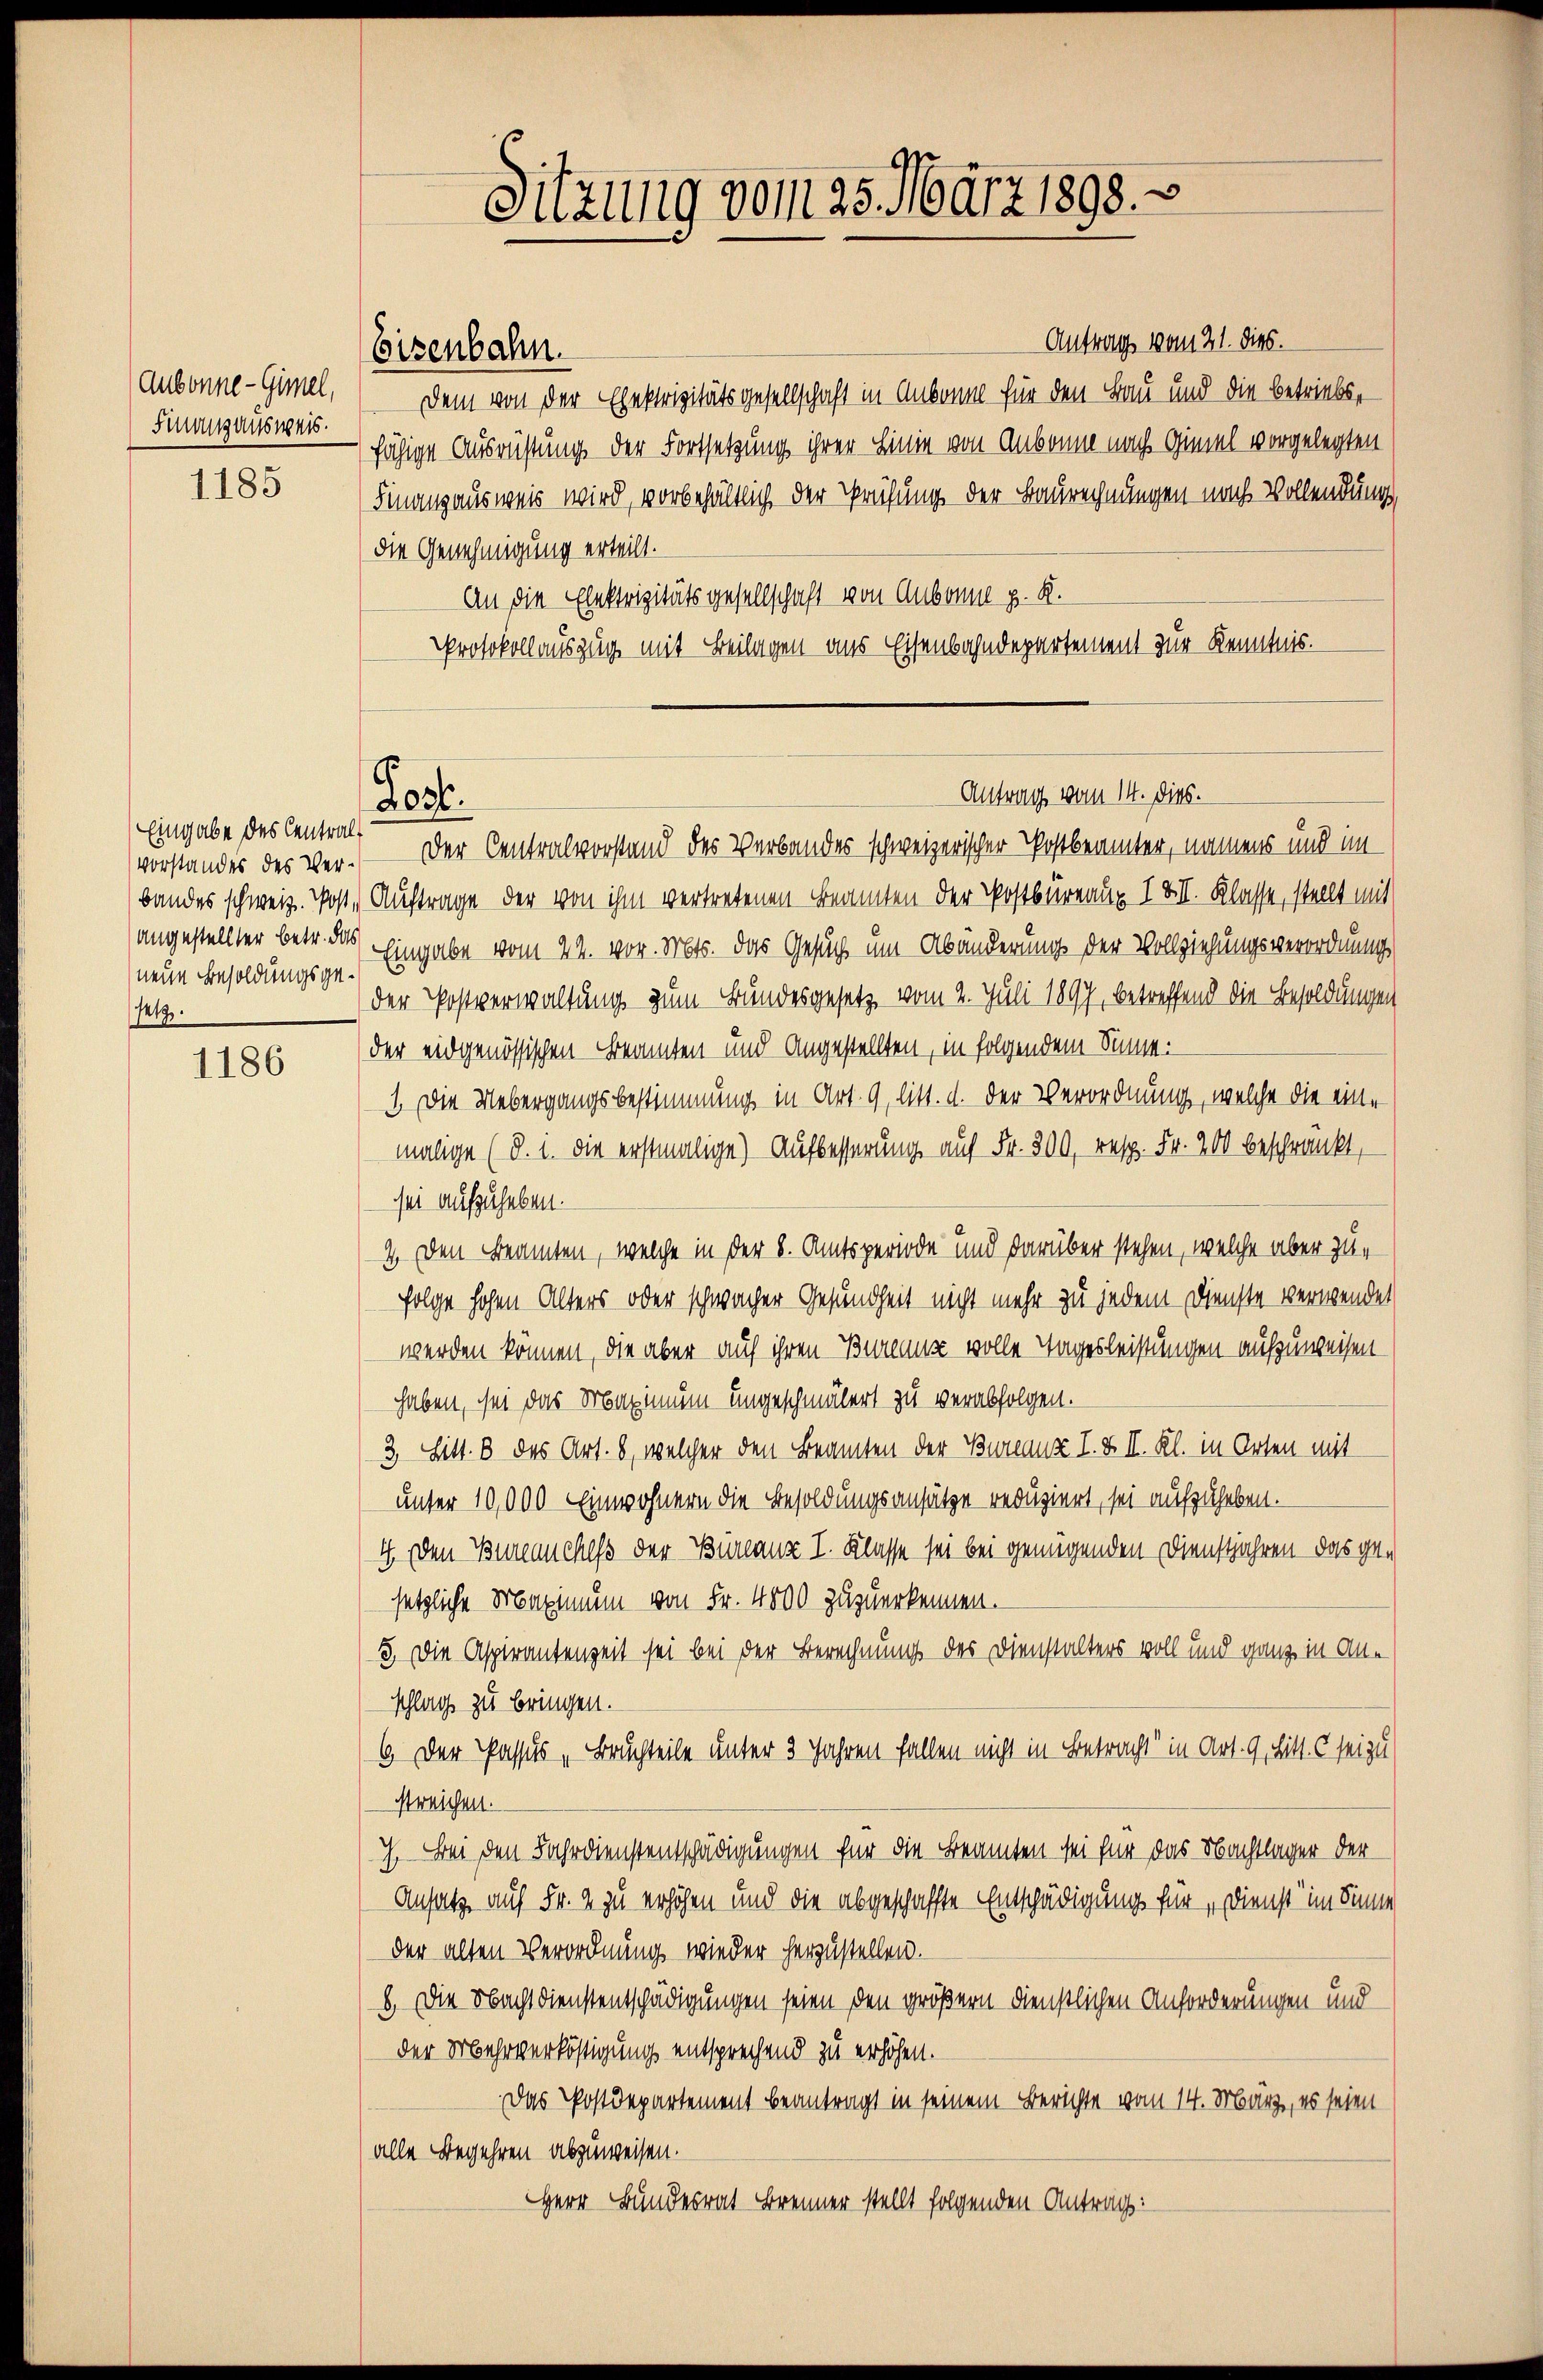
Aubonne-Gimel,
Finanzausweis.
1185

Eingabe des Central-
neue Besoldungsgesetz

1186

Eisenbahn.

c

Antrag vom 21. dies.
Dem von der Ehektrizitätsgesellschaft in Ankon für den Bau und die betriebsfähige Ausrüstung der Fortsetzung ihrer Linie von Aubonne nach Gimel vorgelegten
Finanzausweis wird, vorbehältlich der Prüfung der Baurechnungen nach Vollendung,
die Genehmigung erteilt.
An die Elektrizitätsgesellschaft von Aubonne z. B.
Protokollauszug mit Beilagen aus Eisenbahndepartement zur Kenntnis.

2036.

Sitzung vom 25. März 1898. v

Antrag vom 14. dies.

vorstandes des Ver- Der Centralvorstand des Verbandes schweizerischer Postbeamter, namens und im
bandes schweiz. Post Auftrage der von ihm vertretenen Beamten der Postbüreaux IXII. Klasse, stellt mit
angestellter betr. das Eingabe vom 22. vor. Mts. das Gesuch um Abänderung der Vollziehungsverordnungs
der Postverwaltung zum Bundesgesetz vom 2. Juli 1897, betreffend die Besoldungen
der eidgenössischen Beamten und Angestellten, in folgendem Sinne:
1. Die Uebergangsbestimmung in Art. 9, litt. d. der Verordnung, welche die einmalige (d. i. die erstmalige) Aufbesserung auf Fr. 300, resp. Fr. 200 beschränkt,
sei aufzuheben.
4 Den Beamten, welche in der 8. Amtsperiode und darüber stehen, welche aber zufolge hohen Alters oder schwacher Gesundheit nicht mehr zu jedem Dienste verwendet
werden können, die aber auf ihren Bureaus volle Tagesleistungen aufzuweisen
haben, sei das Maximum ungeschmälert zu verabfolgen.
3 Litt. 8 des Art. 8, welcher den Beamten der Bureauz I. & II. Kl. in Orten mit
unter 10,000 Einwohnern die Besoldungsansätze reduziert, sei aufzuheben.
4. Den Bureauchess der Büreaus I. Klasse sei bei genügenden Dienstjahren das gesetzliche Maximum von Fr. 4000 zuzuerkennen.
5. Die Aspirantenzeit sei bei der Berechnung des Dienstalters voll und ganz in Anschlag zu bringen.
6. Der Passus „Bruchteile unter 3 Jahren fallen nicht in Betracht“ in Art. 9, Litt. c sei zu
streichen.
c. Bei den Fahrdienstentschädigungen für die Beamten sei für das Nachtlager der
Ansatz auf Fr. 2 zu erhöhen und die abgeschaffte Entschädigung für „Dienst im Sinne
der alten Verordnung wieder herzustellen.
6. Die Nachtdienstentschädigungen seien den größern dienstlichen Anforderungen und
der Mehrverköstigung entsprechend zu erhöhen.
Das Postdepartement beantragt in seinem Berichte vom 14. März, es seien
alle Begehren abzuweisen.
Herr Bundesrat Brenner stellt folgenden Antrag: